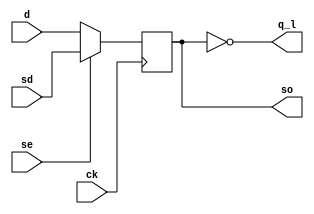
module zsoffi_prim (q_l, so, ck, d, se, sd);
output q_l, so;
input  ck, d, se, sd;
reg    q_r;
  always @ (posedge ck)
      q_r <= se ? sd : d;
  assign q_l = ~q_r;
  assign so  = q_r;
endmodule